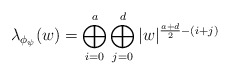
\begin{align*}\lambda_{\phi_{\psi}}(w)= \bigoplus_{i=0}^{a}\bigoplus_{j=0}^{d} |w|^{\frac{a+d}{2}-(i+j)} \end{align*}